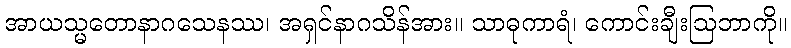
အာယသ္မတောနာဂသေနဿ၊ အရှင်နာဂသိန်အား။ သာဓုကာရံ၊ ကောင်းချီးဩဘာကို။